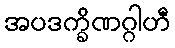
အပဒက္ခိဏဂ္ဂါဟီ